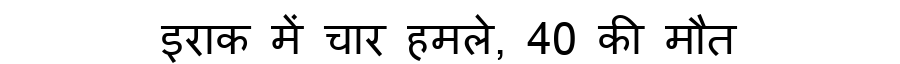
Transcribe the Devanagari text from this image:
इराक में चार हमले, 40 की मौत